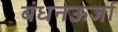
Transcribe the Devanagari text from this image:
बंधनऊर्जा